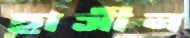
হাসীন